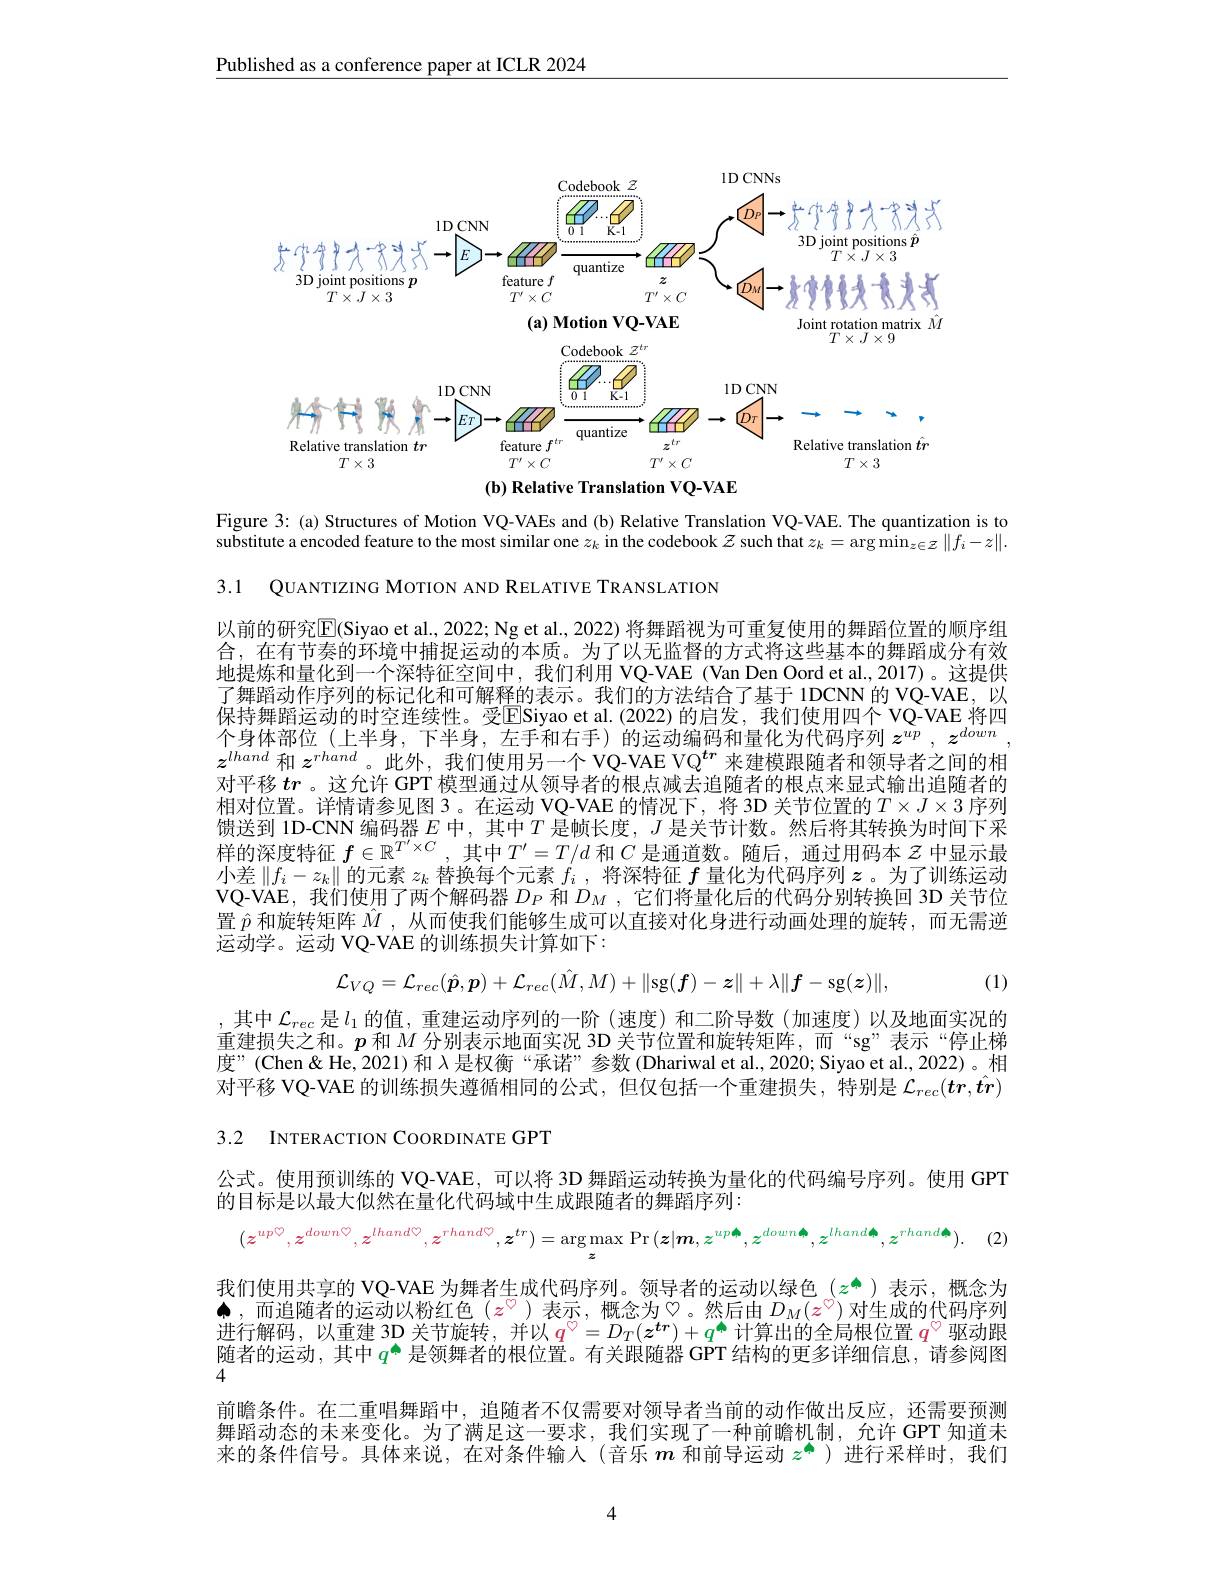
Published as a conference paper at ICLR 2024

<FigureHere>
$(\mathbf{b})$ Relative Translation VQ-VAE

Figure 3: (a) Structures of Motion VQ-VAEs and (b) Relative Translation VQ-VAE. The quantization is to substitute a encoded feature to the most similar one $z_k$ in the codebook $z$ such that $z_k=\operatorname{arg}\operatorname*{min}_{z\in\mathcal{Z}}\|f_i-z\|.$ 3.1 QUANTIZING MOTION AND RELATIVE TRANSLATION

以前的研究$\mathbb{E}$(Siyao et al., 2022; Ng et al., 2022) 将舞蹈视为可重复使用的舞蹈位置的顺序组合，在有节奏的环境中捕捉运动的本质。为了以无监督的方式将这些基本的舞蹈成分有效地提炼和量化到一个深特征空间中，我们利用 VQ-VAE (Van Den Oord et al.,2017)。这提供了舞蹈动作序列的标记化和可解释的表示。我们的方法结合了基于 1DCNN 的 VQ-VAE,以保持舞蹈运动的时空连续性。受ESiyao et al.(2022)的启发，我们使用四个 VQ-VAE 将四个身体部位(上半身，下半身，左手和右手)的运动编码和量化为代码序列$z^{up},z^{down}$, $z^{lhand}$和$z^{rhand}$。此外，我们使用另一个 VQ-VAE VQ$^tr$来建模跟随者和领导者之间的相对平移$tr$ 。这允许 GPT 模型通过从领导者的根点减去追随者的根点来显式输出追随者的相对位置。详情请参见图 3。在运动 VQ-VAE 的情况下，将 3D 关节位置的$T\times J\times3$序列馈送到 1D-CNN 编码器$E$中，其中$T$是帧长度，$J$是关节计数。然后将其转换为时间下采样的深度特征$f\in\mathbb{R}^{T^{\prime}\times C}$,其中$T^\prime=T/d$和$C$是通道数。随后，通过用码本$z$中显示最小差$\left\|f_i-z_k\right\|$的元素$z_k$替换每个元素$f_i$ , 将深特征$f$量化为代码序列$z$ 。为了训练运动VQ-VAE,我们使用了两个解码器$D_P$和$D_M$,它们将量化后的代码分别转换回 3D 关节位置$\hat{p}$和旋转矩阵$\hat{M}$ ,从而使我们能够生成可以直接对化身进行动画处理的旋转，而无需逆运动学。运动 VQ-VAE 的训练损失计算如下：
$$\mathcal{L}_{VQ}=\mathcal{L}_{rec}(\hat{\boldsymbol{p}},\boldsymbol{p})+\mathcal{L}_{rec}(\hat{M},M)+\|\mathrm{sg}(\boldsymbol{f})-\boldsymbol{z}\|+\lambda\|\boldsymbol{f}-\mathrm{sg}(\boldsymbol{z})\|,$$
(1)

其中$\mathcal{L}_{rec}$是$l_1$的值，重建运动序列的一阶 (速度)和二阶导数(加速度)以及地面实况的重建损失之和。$p$和$M$分别表示地面实况 3D 关节位置和旋转矩阵，而“sg”表示“停止梯度”(Chen&He,2021) 和 λ是权衡“承诺”参数(Dhariwal et al.,2020; Siyao et al., 2022)。相对平移 VQ-VAE 的训练损失遵循相同的公式，但仅包括一个重建损失，特别是$\mathcal{L}_{rec}(\boldsymbol{tr},\hat{\boldsymbol{tr}})$

3.2 INTERACTION COORDINATE GPT

公式。使用预训练的 VQ-VAE, 可以将 3D 舞蹈运动转换为量化的代码编号序列。使用 GPT
的目标是以最大似然在量化代码域中生成跟随者的舞蹈序列：

(2
$$(z^{up\heartsuit},z^{down\heartsuit},z^{lhand\heartsuit},z^{rhand\heartsuit},z^{tr})=\arg\max_{z}\Pr(z|\boldsymbol{m},z^{up\spadesuit},z^{down\spadesuit},z^{lhand\spadesuit},z^{rhand\spadesuit}).$$
我们使用共享的 VQ-VAE 为舞者生成代码序列。领导者的运动以绿色$(z^{\spadesuit})$表示，概念为$\spadesuit$,而追随者的运动以粉红色$(z^{\heartsuit}$ )表示，概念为♡。然后由$D_M(z^{\heartsuit})$对生成的代码序列进行解码，以重建 3D 关节旋转，并以$q^{\heartsuit}=D_T(z^{\boldsymbol{tr}})+q^{\spadesuit}$计算出的全局根位置$q^{\heartsuit}$驱动跟随者的运动，其中$q^{\spadesuit}$是领舞者的根位置。有关跟随器 GPT 结构的更多详细信息，请参阅图4
前瞻条件。在二重唱舞蹈中，追随者不仅需要对领导者当前的动作做出反应，还需要预测舞蹈动态的未来变化。为了满足这一要求，我们实现了一种前瞻机制，允许 GPT 知道末来的条件信号。具体来说，在对条件输人(音乐$m$和前导运动$z^{\spadesuit}$ )进行采样时，我们
4